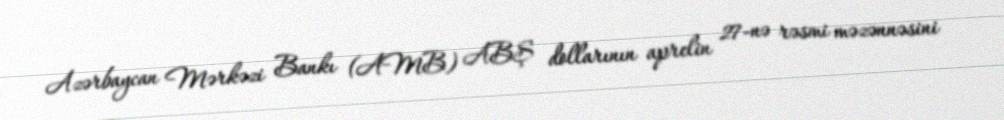
Azərbaycan Mərkəzi Bankı (AMB) ABŞ dollarının aprelin 27-nə rəsmi məzənnəsini